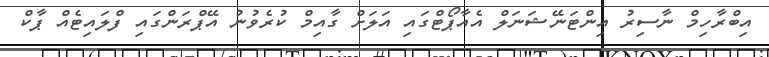
އިބްރާހިމް ނާސިރު އިންޓަނޭޝަނަލް އެއާޕޯޓްގައި އަލަށް ގާއިމް ކުރެވުނު އޭޕްރަންގައި ފްލައިޓެއް ޕާކް